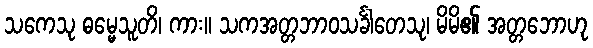
သကေသု ဓမ္မေသူတိ၊ ကား။ သကအတ္တဘာဝသင်္ခါတေသု၊ မိမိ၏ အတ္တဘောဟု